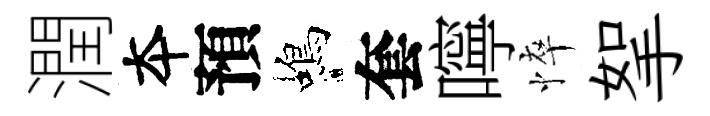
潤夲預蝎套嚀悴挐